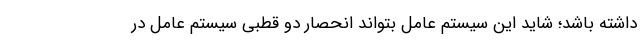
داشته باشد؛ شاید این سیستم عامل بتواند انحصار دو قطبی سیستم عامل در